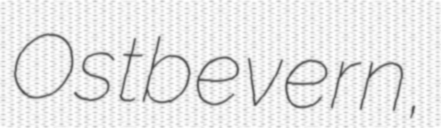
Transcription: Ostbevern,